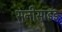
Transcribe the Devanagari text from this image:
सनीसाइड